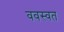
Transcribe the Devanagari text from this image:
ववस्वत